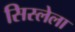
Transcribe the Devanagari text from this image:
सिस्लेला